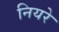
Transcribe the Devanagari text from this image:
नियरे